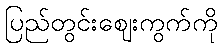
ပြည်တွင်းဈေးကွက်ကို